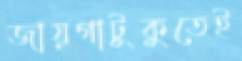
জায়গাটুকুতেই